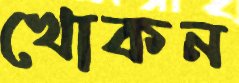
খোকন